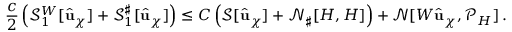
\frac { c } { 2 } \left( \mathcal { S } _ { 1 } ^ { W } [ \widehat { \mathbf { u } } _ { \chi } ] + { \mathcal { S } _ { 1 } ^ { \sharp } } [ \widehat { \mathbf { u } } _ { \chi } ] \right) \leq C \left( \mathcal { S } [ \widehat { \mathbf { u } } _ { \chi } ] + \mathcal { N } _ { \sharp } [ H , H ] \right) + \mathcal { N } [ W \widehat { \mathbf { u } } _ { \chi } , \mathcal { P } _ { H } ] \, .